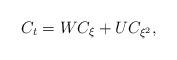
LaTeX: \begin{align*} C_t=WC_\xi+UC_{\xi^2}, \end{align*}